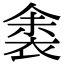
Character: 𬡛